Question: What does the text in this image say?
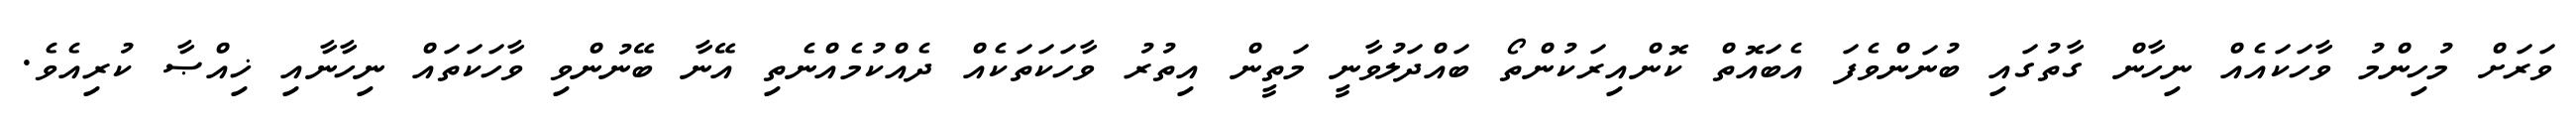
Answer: ވަރަށް މުހިންމު ވާހަކައެއް ނިހާން ގާތުގައި ބުނަންވެފަ އެބައޮތް ކޮންއިރަކުންތޯ ބައްދަލުވާނީ މަތީން އިތުރު ވާހަކަތަކެއް ދެއްކުމެއްނެތި އޭނާ ބޭނުންވި ވާހަކަތައް ނިހާނާއި ޚިއްޞާ ކުރިއެވެ.